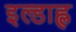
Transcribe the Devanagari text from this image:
इल्डाह्ल